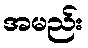
အမည်း